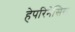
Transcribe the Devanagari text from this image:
हेपरिनेसिस